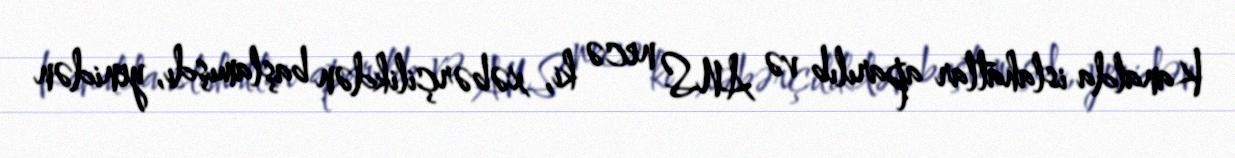
Kanalda islahatlar aparılıb və ANS necə ki, xəbərçilikdən başlamışdı, yenidən